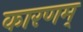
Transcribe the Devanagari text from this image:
कारणम्